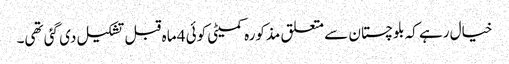
خیال رہے کہ بلوچستان سے متعلق مذکورہ کمیٹی کوئی 4 ماہ قبل تشکیل دی گئی تھی۔